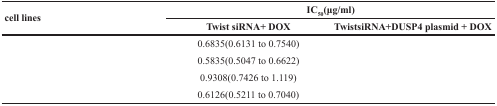
<table><thead><tr><td rowspan="2"><b>cell lines</b></td><td colspan="2"><b>IC<sub>50</sub>(μg/ml)</b></td></tr><tr><td><b>Twist siRNA+ DOX</b></td><td><b>TwistsiRNA+DUSP4 plasmid + DOX</b></td></tr></thead><tbody><tr><td>[EMPTY_CELL]</td><td>0.6835(0.6131 to 0.7540)</td><td>[EMPTY_CELL]</td></tr><tr><td>[EMPTY_CELL]</td><td>0.5835(0.5047 to 0.6622)</td><td>[EMPTY_CELL]</td></tr><tr><td>[EMPTY_CELL]</td><td>0.9308(0.7426 to 1.119)</td><td>[EMPTY_CELL]</td></tr><tr><td>[EMPTY_CELL]</td><td>0.6126(0.5211 to 0.7040)</td><td>[EMPTY_CELL]</td></tr></tbody></table>